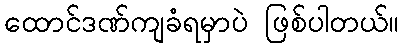
ထောင်ဒဏ်ကျခံရမှာပဲ ဖြစ်ပါတယ်။